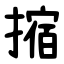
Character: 摍